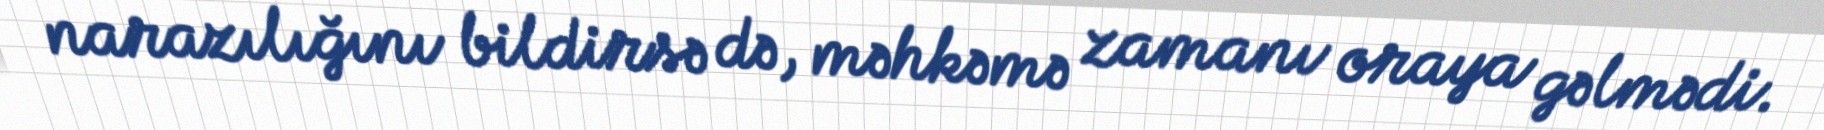
narazılığını bildirsə də, məhkəmə zamanı oraya gəlmədi.